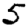
Digit: 5